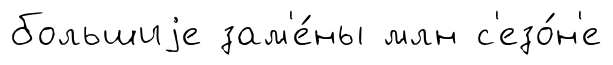
большиjе зам'е́ны млн с'езо́н'е